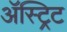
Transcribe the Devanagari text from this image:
ॲस्ट्रिट